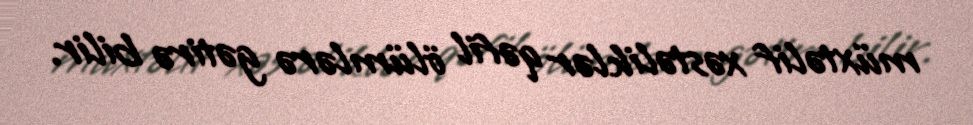
müxtəlif xəstəliklər qəfil ölümlərə gətirə bilir.